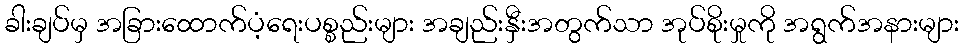
ခါးချပ်မှ အခြားထောက်ပံ့ရေးပစ္စည်းများ အချည်းနှီးအတွက်သာ အုပ်စိုးမှုကို အရွက်အနားများ